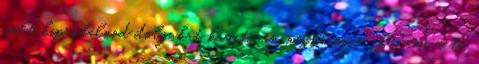
volt kipróbálnod dolgokat kreatívan megkeresve azt, ami a te